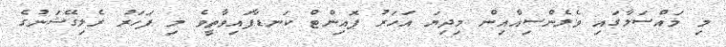
މި މައްސަލާގައި ވެލެންސިއާއިން މިދިޔަ އަހަރު ޕޮއިންޓް ކަނޑާފައިވާތީވެ މި ފަހަރު ރެލިގޭޝަނުގެ